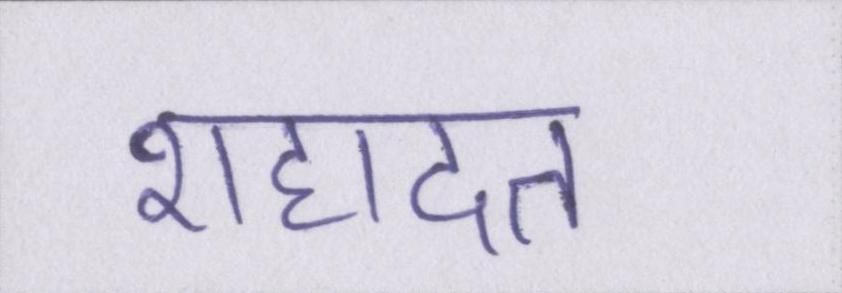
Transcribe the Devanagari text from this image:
शहादत